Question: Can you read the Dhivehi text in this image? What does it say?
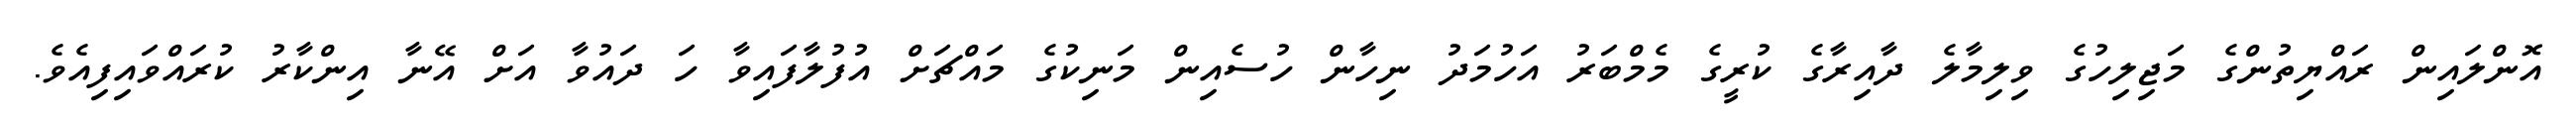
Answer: އޮންލައިން ރައްޔިތުންގެ މަޖިލިހުގެ ވިލިމާލެ ދާއިރާގެ ކުރީގެ މެމްބަރު އަހުމަދު ނިހާން ހުސެއިން މަނިކުގެ މައްޗަށް އުފުލާފައިވާ ހަ ދައުވާ އަށް އޭނާ އިންކާރު ކުރައްވައިފިއެވެ.